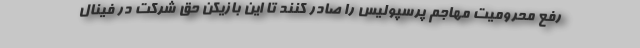
رفع محرومیت مهاجم پرسپولیس را صادر کنند تا این بازیکن حق شرکت در فینال